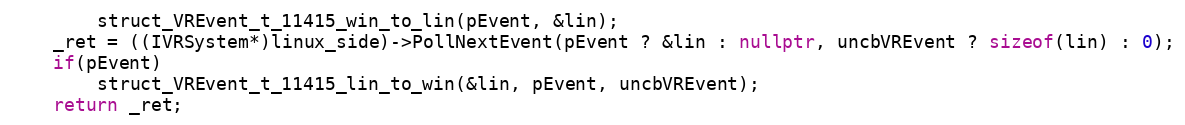
Language: C++
        struct_VREvent_t_11415_win_to_lin(pEvent, &lin);
    _ret = ((IVRSystem*)linux_side)->PollNextEvent(pEvent ? &lin : nullptr, uncbVREvent ? sizeof(lin) : 0);
    if(pEvent)
        struct_VREvent_t_11415_lin_to_win(&lin, pEvent, uncbVREvent);
    return _ret;